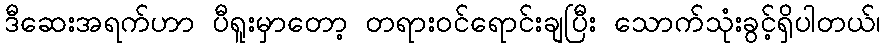
ဒီဆေးအရက်ဟာ ပီရူးမှာတော့ တရားဝင်ရောင်းချပြီး သောက်သုံးခွင့်ရှိပါတယ်၊